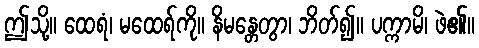
ဤသို့။ ထေရံ၊ မထေရ်ကို။ နိမန္တေတွာ၊ ဘိတ်၍။ ပက္ကာမိ၊ ဖဲ၏။